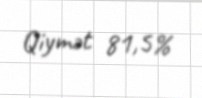
Qiymət 81,5%